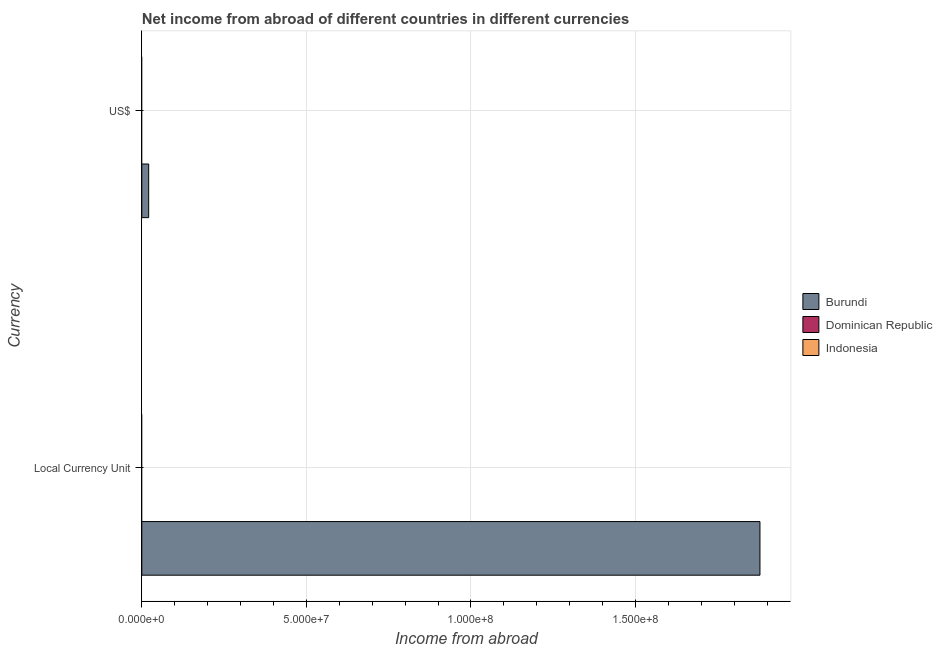
| Currency | Burundi | Dominican Republic | Indonesia |
 | --- | --- | --- | --- |
 | Local Currency Unit | 1.88e+08 | -2.10e+08 | -2.01e+12 |
 | US$ | 2.09e+06 | -2.10e+08 | -3.21e+09 |